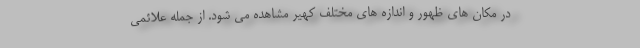
در مکان های ظهور و اندازه های مختلف کهیر مشاهده می شود. از جمله علائمی